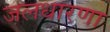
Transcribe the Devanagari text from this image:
जलधारणा